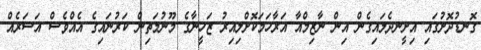
ގޮނޑުދޮށުގައި އިށީނދެލައިގެން އިން ނާޒިމްއާ އަރާހަމަކޮށްލިއިރު ޒަހީނާގެ މޫނުމަތިން ކަރުނައިގެ އެއްވެސް އަސަރެއް